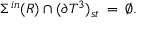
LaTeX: \Sigma ^ { \, i n } ( R ) \cap ( \partial { T } ^ { 3 } ) _ { s t } \: = \: \emptyset .